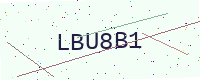
Text: LBU8B1